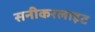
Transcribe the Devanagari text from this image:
सनीकरलाइट